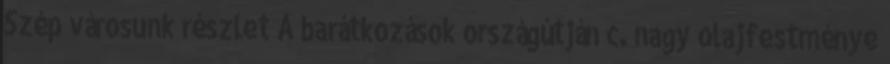
Szép városunk részlet A barátkozások országútján c. nagy olajfestménye